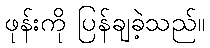
ဖုန်းကို ပြန်ချခဲ့သည်။